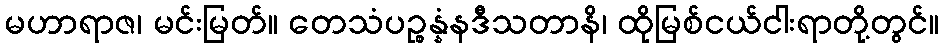
မဟာရာဇ၊ မင်းမြတ်။ တေသံပဉ္စန္နံနဒီသတာနိ၊ ထိုမြစ်ငယ်ငါးရာတို့တွင်။